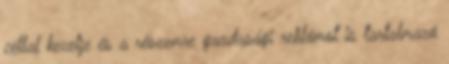
céllal kezelje és a részemre gazdasági reklámot is tartalmazó